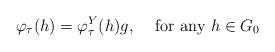
LaTeX: \begin{align*}\varphi_{\tau}(h)=\varphi_{\tau}^Y(h)g,\;\;\;\mbox{ for any } h\in G_0\end{align*}